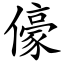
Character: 儫